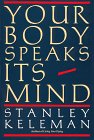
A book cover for Your Body Speaks Its Mind; Stanley Keleman; Medical Books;